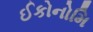
ઈકોનોમિ